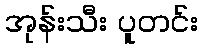
အုန်းသီး ပူတင်း